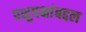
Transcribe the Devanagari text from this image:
पशुपक्षांबद्दल